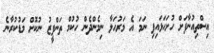
އިސްތިއުނާފަށް ހުށަހަޅައިފި ނަމަ އެ މަރުހަލާ ނިމެންދެން ހުކުމް ތަންފީޒު ނުކޮށް މަޑުކުރާނެ